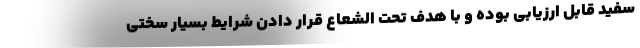
سفید قابل ارزیابی بوده و با هدف تحت الشعاع قرار دادن شرایط بسیار سختی